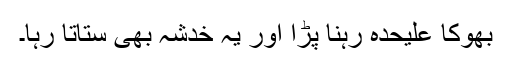
بھوکا علیحدہ رہنا پڑا اور یہ خدشہ بھی ستاتا رہا۔